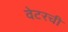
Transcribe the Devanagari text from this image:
वेटरची